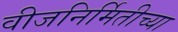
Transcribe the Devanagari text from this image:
वीजनिर्मितीच्या